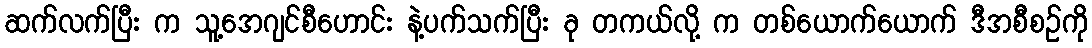
ဆက်လက်ပြီး က သူ့အေဂျင်စီဟောင်း နဲ့ပက်သက်ပြီး ခု တကယ်လို့ က တစ်ယောက်ယောက် ဒီအစီစဉ်ကို